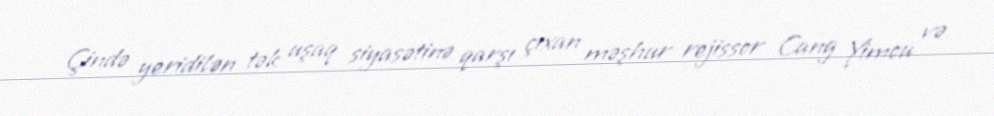
Çində yeridilən tək uşaq siyasətinə qarşı çıxan məşhur rejissor Cang Yimou və